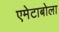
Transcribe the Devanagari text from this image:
एमेटाबोला